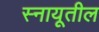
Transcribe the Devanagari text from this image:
स्नायूतील